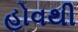
હોવથી